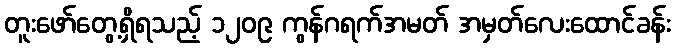
တူးဖော်တွေ့ရှိရသည့် ၁၂၀၉ ကွန်ဂရက်အမတ် အမှတ်လေးထောင်ခန်း